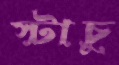
স্টাচু